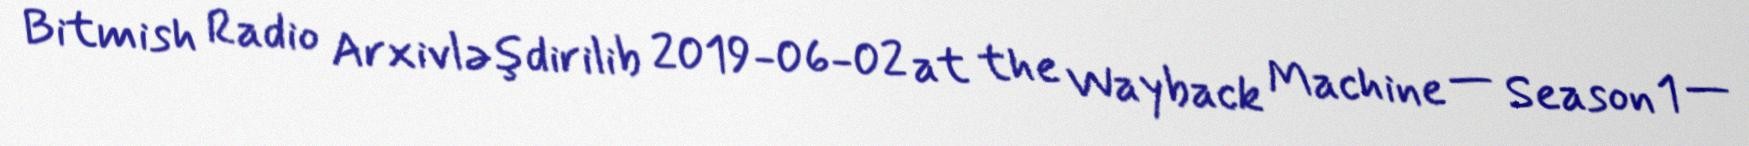
Bitmish Radio Arxivləşdirilib 2019-06-02 at the Wayback Machine — Season 1 —